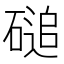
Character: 磓